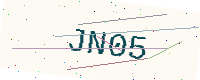
Text: JN05